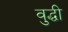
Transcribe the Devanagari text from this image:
वुद्धी